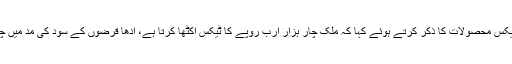
انہوں نے ٹیکس محصولات کا ذکر کرتے ہوئے کہا کہ ملک چار ہزار ارب روپے کا ٹیکس اکٹھا کرتا ہے، آدھا قرضوں کے سود کی مد میں چلا جاتا ہے۔